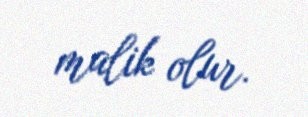
malik olur.